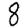
Digit: 8